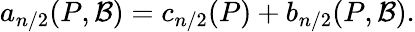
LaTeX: a_{n/2}(P,{\cal B})=c_{n/2}(P)+b_{n/2}(P,{\cal B}).